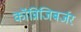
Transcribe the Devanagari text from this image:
कॉन्निजिबर्जर